Report on the cultivation and use of ganja
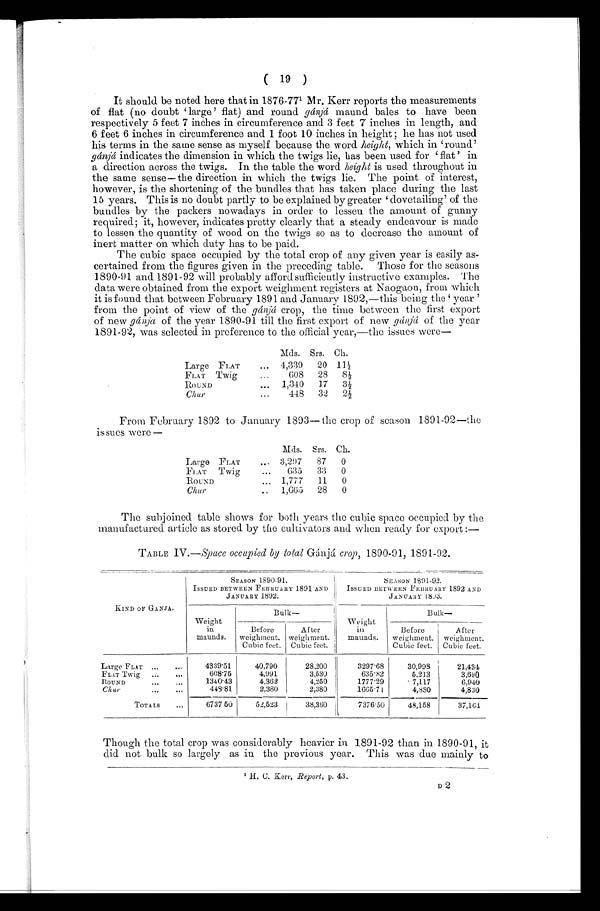
( 19 )
It should be noted here that in 1876-771 Mr. Kerr reports the measurements
of flat (no doubt 'large' flat) and roundg á n j á
m a u n d b a l e s t o h a v e b e e n
respectively 5 feet 7 inches in circumference and 3 feet 7 inches in length, and
6 feet 6 inches in circumference and 1 foot 10 inches in height ; he has not used
his terms in the same sense as myself because the word height, which in 'round'
gánjá indicates the dimension in which the twigs lie, has been used for 'flat' i n
a direction across the twigs. In the table the word height is used throughout in
the same sense—the direction in which the twigs lie. The point of interest,
however, is the shortening of the bundles that has taken place during the last
15 years. This is no doubt partly to be explained by greater 'dovetailing' of the
bundles by the packers nowadays in order to lessen the amount of gunny
required; it, however, indicates pretty clearly that a steady endeavour is made
to lessen the quantity of wood on the twigs so as to decrease the amount of
inert matter on which duty has to be paid.
The cubic space occupied by the total crop of any given year is easily as-
certained from the figures given in the preceding table. Those for the seasons
1890-91 and 1891-92 will probably afford sufficiently instructive examples. The
data were obtained from the export weighment registers at Naogaon, from which
it is found that between February 1891 and January 1892,—this being the 'year '
from the point of view of the gánjá crop, the time between the first export
of new gánjá of the year 1890-91 till the first export of new gánjá of the year
1891-92, was selected in preference to the official year,—the issues were
Mds. Srs. Ch.
Large FLAT . . .
4,339
20 1 1 ½
FLAT
Twig . . .
608
28
8 ½
ROUND . . .
1,340
17
3 ½
Chur . . .
448
32
2 ½
From February 1892 to January 1893— the crop of season 1891-92—the
issues were—
Mds. Srs. Ch.
Large FLAT . . .
3,297
87
0
FLAT Twig . . .
635
33
0
ROUND . . .
1,777
11
0
Ch ur . . .
1,665
28
0
The subjoined table shows for both years the cubic space occupied by the
manufactured article as stored by the cultivators and when ready for export :—
TABLE IV.—(Space occupied by total Gánjá crop, 1890-91, 1891-92.
KIND OF GANJA.
SEASON 1890-91.
ISSUED BETWEEN FEBRUARY 1891 AND
JANUARY 1892.
SEASON 1891-92.
ISSUED BETWEEN FEBRUARY 1892 AND
J ANUARY 1893.
Weight
in
maunds.
B u l k —
Weight
in
maunds.
Bulk
Before
weighment.
Cubic feet.
After
weighment.
Cubic feet.
Before
weighment.
Cubic feet.
After
weighment.
Cubic feet.
Large FLAT . . .
4339.51
40,790
28,200
3297.68
30,998
21,434
FLAT Twig . . .
608.75
4,991
3,530
635.82
5,213
3,690
1 3 4 0 . 4 3
4,362
1777.29
. 7,117
6,940
ROUND . . .
4,250
448. 81
2,380
2,380
1665.71
4,830
Chur . . .
4,830
TOTALS . . .
6737.50
52,523
38,360
7376.50
48,158
37,164
Though the total crop was considerably heavier in 1891-92 than in 1890-91, it
did not bulk so largely as in the previous year. This was due mainly to
H. C. Kerr, Report, p. 43.
D 2